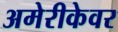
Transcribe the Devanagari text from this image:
अमेरीकेवर